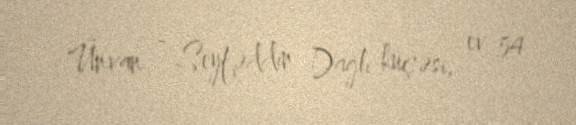
Ünvan - Seyfəddin Dağlı küçəsi, ev 54